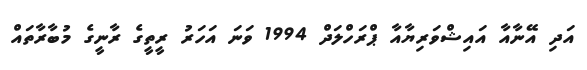
އަދި އޭނާއާ އައިޝްވަރިޔާއާ ޕްރަހްލަދް 1994 ވަނަ އަހަރު ރީތީގެ ރާނީގެ މުބާރާތައް